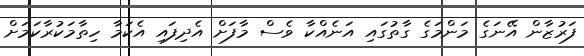
ފަރުޒާން އޭނަގެ މަންމަގެ ގާތުގައި އަނެއްކާ ވެސް މާފަށް އެދިފައި އެކަމާ ހިތާމަކުރާކަމަށް